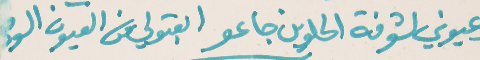
وعيوني لشوفة الحلوين جاعو   ابعتولي من العيون الومى